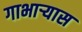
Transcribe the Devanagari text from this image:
गाभाऱ्यास